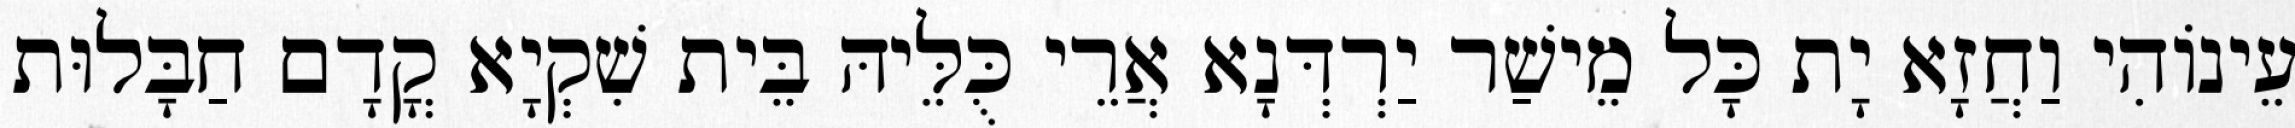
עֵינוֹהִי וַחֲזָא יָת כָּל מֵישַׁר יַרְדְּנָא אֲרֵי כֻּלֵּיהּ בֵּית שִׁקְיָא קֳדָם חַבָּלוּת